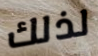
لذلك